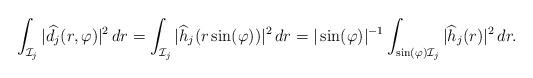
LaTeX: \begin{align*}\int_{\mathcal{I}_j} |\widehat{d_j}(r,\varphi)|^2 \,dr = \int_{\mathcal{I}_j} |\widehat{h}_j(r\sin(\varphi))|^2 \,dr= |\sin(\varphi)|^{-1} \int_{\sin(\varphi)\mathcal{I}_j} |\widehat{h}_j(r)|^2 \,dr.\end{align*}